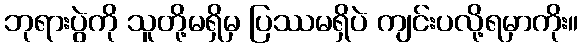
ဘုရားပွဲကို သူတို့မရှိမှ ပြဿမရှိပဲ ကျင်းပလို့ရမှာကိုး။